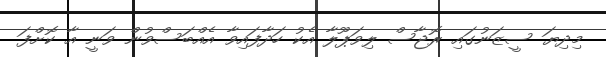
މިދިޔަ ސީޒަނުގައި ރޮޖާސް ލިވަޕޫލާ އެކު ހަދާފައިވާ އެއްބަސްވުން ވަނީ އާ ކޮށްފަ